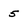
Character: 5